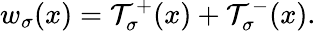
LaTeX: w_{\sigma}(x)={\cal T}_{\sigma}^{+}(x)+{\cal T}_{\sigma}^{-}(x).